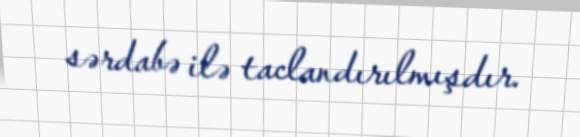
sərdabə ilə taclandırılmışdır.